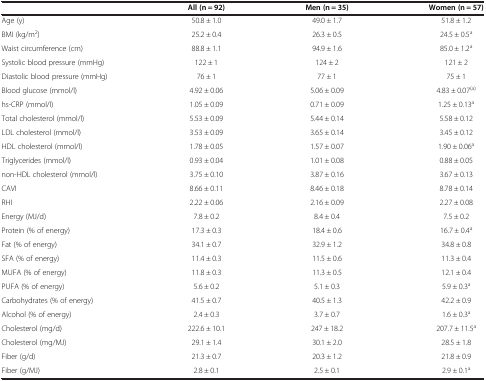
<table><thead><tr><td>[EMPTY_CELL]</td><td><b>All (n = 92)</b></td><td><b>Men (n = 35)</b></td><td><b>Women (n = 57)</b></td></tr></thead><tbody><tr><td>Age (y)</td><td>50.8 ± 1.0</td><td>49.0 ± 1.7</td><td>51.8 ± 1.2</td></tr><tr><td>BMI (kg/m<sup>2</sup>)</td><td>25.2 ± 0.4</td><td>26.3 ± 0.5</td><td>24.5 ± 0.5<sup>a</sup></td></tr><tr><td>Waist circumference (cm)</td><td>88.8 ± 1.1</td><td>94.9 ± 1.6</td><td>85.0 ± 1.2<sup>a</sup></td></tr><tr><td>Systolic blood pressure (mmHg)</td><td>122 ± 1</td><td>124 ± 2</td><td>121 ± 2</td></tr><tr><td>Diastolic blood pressure (mmHg)</td><td>76 ± 1</td><td>77 ± 1</td><td>75 ± 1</td></tr><tr><td>Blood glucose (mmol/l)</td><td>4.92 ± 0.06</td><td>5.06 ± 0.09</td><td>4.83 ± 0.07<sup>(a)</sup></td></tr><tr><td>hs-CRP (mmol/l)</td><td>1.05 ± 0.09</td><td>0.71 ± 0.09</td><td>1.25 ± 0.13<sup>a</sup></td></tr><tr><td>Total cholesterol (mmol/l)</td><td>5.53 ± 0.09</td><td>5.44 ± 0.14</td><td>5.58 ± 0.12</td></tr><tr><td>LDL cholesterol (mmol/l)</td><td>3.53 ± 0.09</td><td>3.65 ± 0.14</td><td>3.45 ± 0.12</td></tr><tr><td>HDL cholesterol (mmol/l)</td><td>1.78 ± 0.05</td><td>1.57 ± 0.07</td><td>1.90 ± 0.06<sup>a</sup></td></tr><tr><td>Triglycerides (mmol/l)</td><td>0.93 ± 0.04</td><td>1.01 ± 0.08</td><td>0.88 ± 0.05</td></tr><tr><td>non-HDL cholesterol (mmol/l)</td><td>3.75 ± 0.10</td><td>3.87 ± 0.16</td><td>3.67 ± 0.13</td></tr><tr><td>CAVI</td><td>8.66 ± 0.11</td><td>8.46 ± 0.18</td><td>8.78 ± 0.14</td></tr><tr><td>RHI</td><td>2.22 ± 0.06</td><td>2.16 ± 0.09</td><td>2.27 ± 0.08</td></tr><tr><td>Energy (MJ/d)</td><td>7.8 ± 0.2</td><td>8.4 ± 0.4</td><td>7.5 ± 0.2</td></tr><tr><td>Protein (% of energy)</td><td>17.3 ± 0.3</td><td>18.4 ± 0.6</td><td>16.7 ± 0.4<sup>a</sup></td></tr><tr><td>Fat (% of energy)</td><td>34.1 ± 0.7</td><td>32.9 ± 1.2</td><td>34.8 ± 0.8</td></tr><tr><td>SFA (% of energy)</td><td>11.4 ± 0.3</td><td>11.5 ± 0.6</td><td>11.3 ± 0.4</td></tr><tr><td>MUFA (% of energy)</td><td>11.8 ± 0.3</td><td>11.3 ± 0.5</td><td>12.1 ± 0.4</td></tr><tr><td>PUFA (% of energy)</td><td>5.6 ± 0.2</td><td>5.1 ± 0.3</td><td>5.9 ± 0.3<sup>a</sup></td></tr><tr><td>Carbohydrates (% of energy)</td><td>41.5 ± 0.7</td><td>40.5 ± 1.3</td><td>42.2 ± 0.9</td></tr><tr><td>Alcohol (% of energy)</td><td>2.4 ± 0.3</td><td>3.7 ± 0.7</td><td>1.6 ± 0.3<sup>a</sup></td></tr><tr><td>Cholesterol (mg/d)</td><td>222.6 ± 10.1</td><td>247 ± 18.2</td><td>207.7 ± 11.5<sup>a</sup></td></tr><tr><td>Cholesterol (mg/MJ)</td><td>29.1 ± 1.4</td><td>30.1 ± 2.0</td><td>28.5 ± 1.8</td></tr><tr><td>Fiber (g/d)</td><td>21.3 ± 0.7</td><td>20.3 ± 1.2</td><td>21.8 ± 0.9</td></tr><tr><td>Fiber (g/MJ)</td><td>2.8 ± 0.1</td><td>2.5 ± 0.1</td><td>2.9 ± 0.1<sup>a</sup></td></tr></tbody></table>